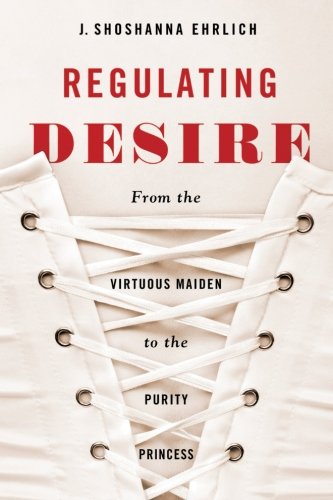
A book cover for Regulating Desire: From the Virtuous Maiden to the Purity Princess; J. Shoshanna Ehrlich; Law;